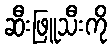
ဆီးဖြူသီးကို